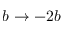
b \rightarrow - 2 b